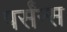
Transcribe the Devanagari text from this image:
पर्संन्स